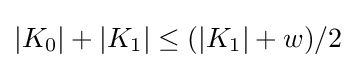
|K_{0}|+|K_{1}|\leq (|K_{1}|+w)/2